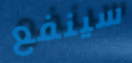
سينفع